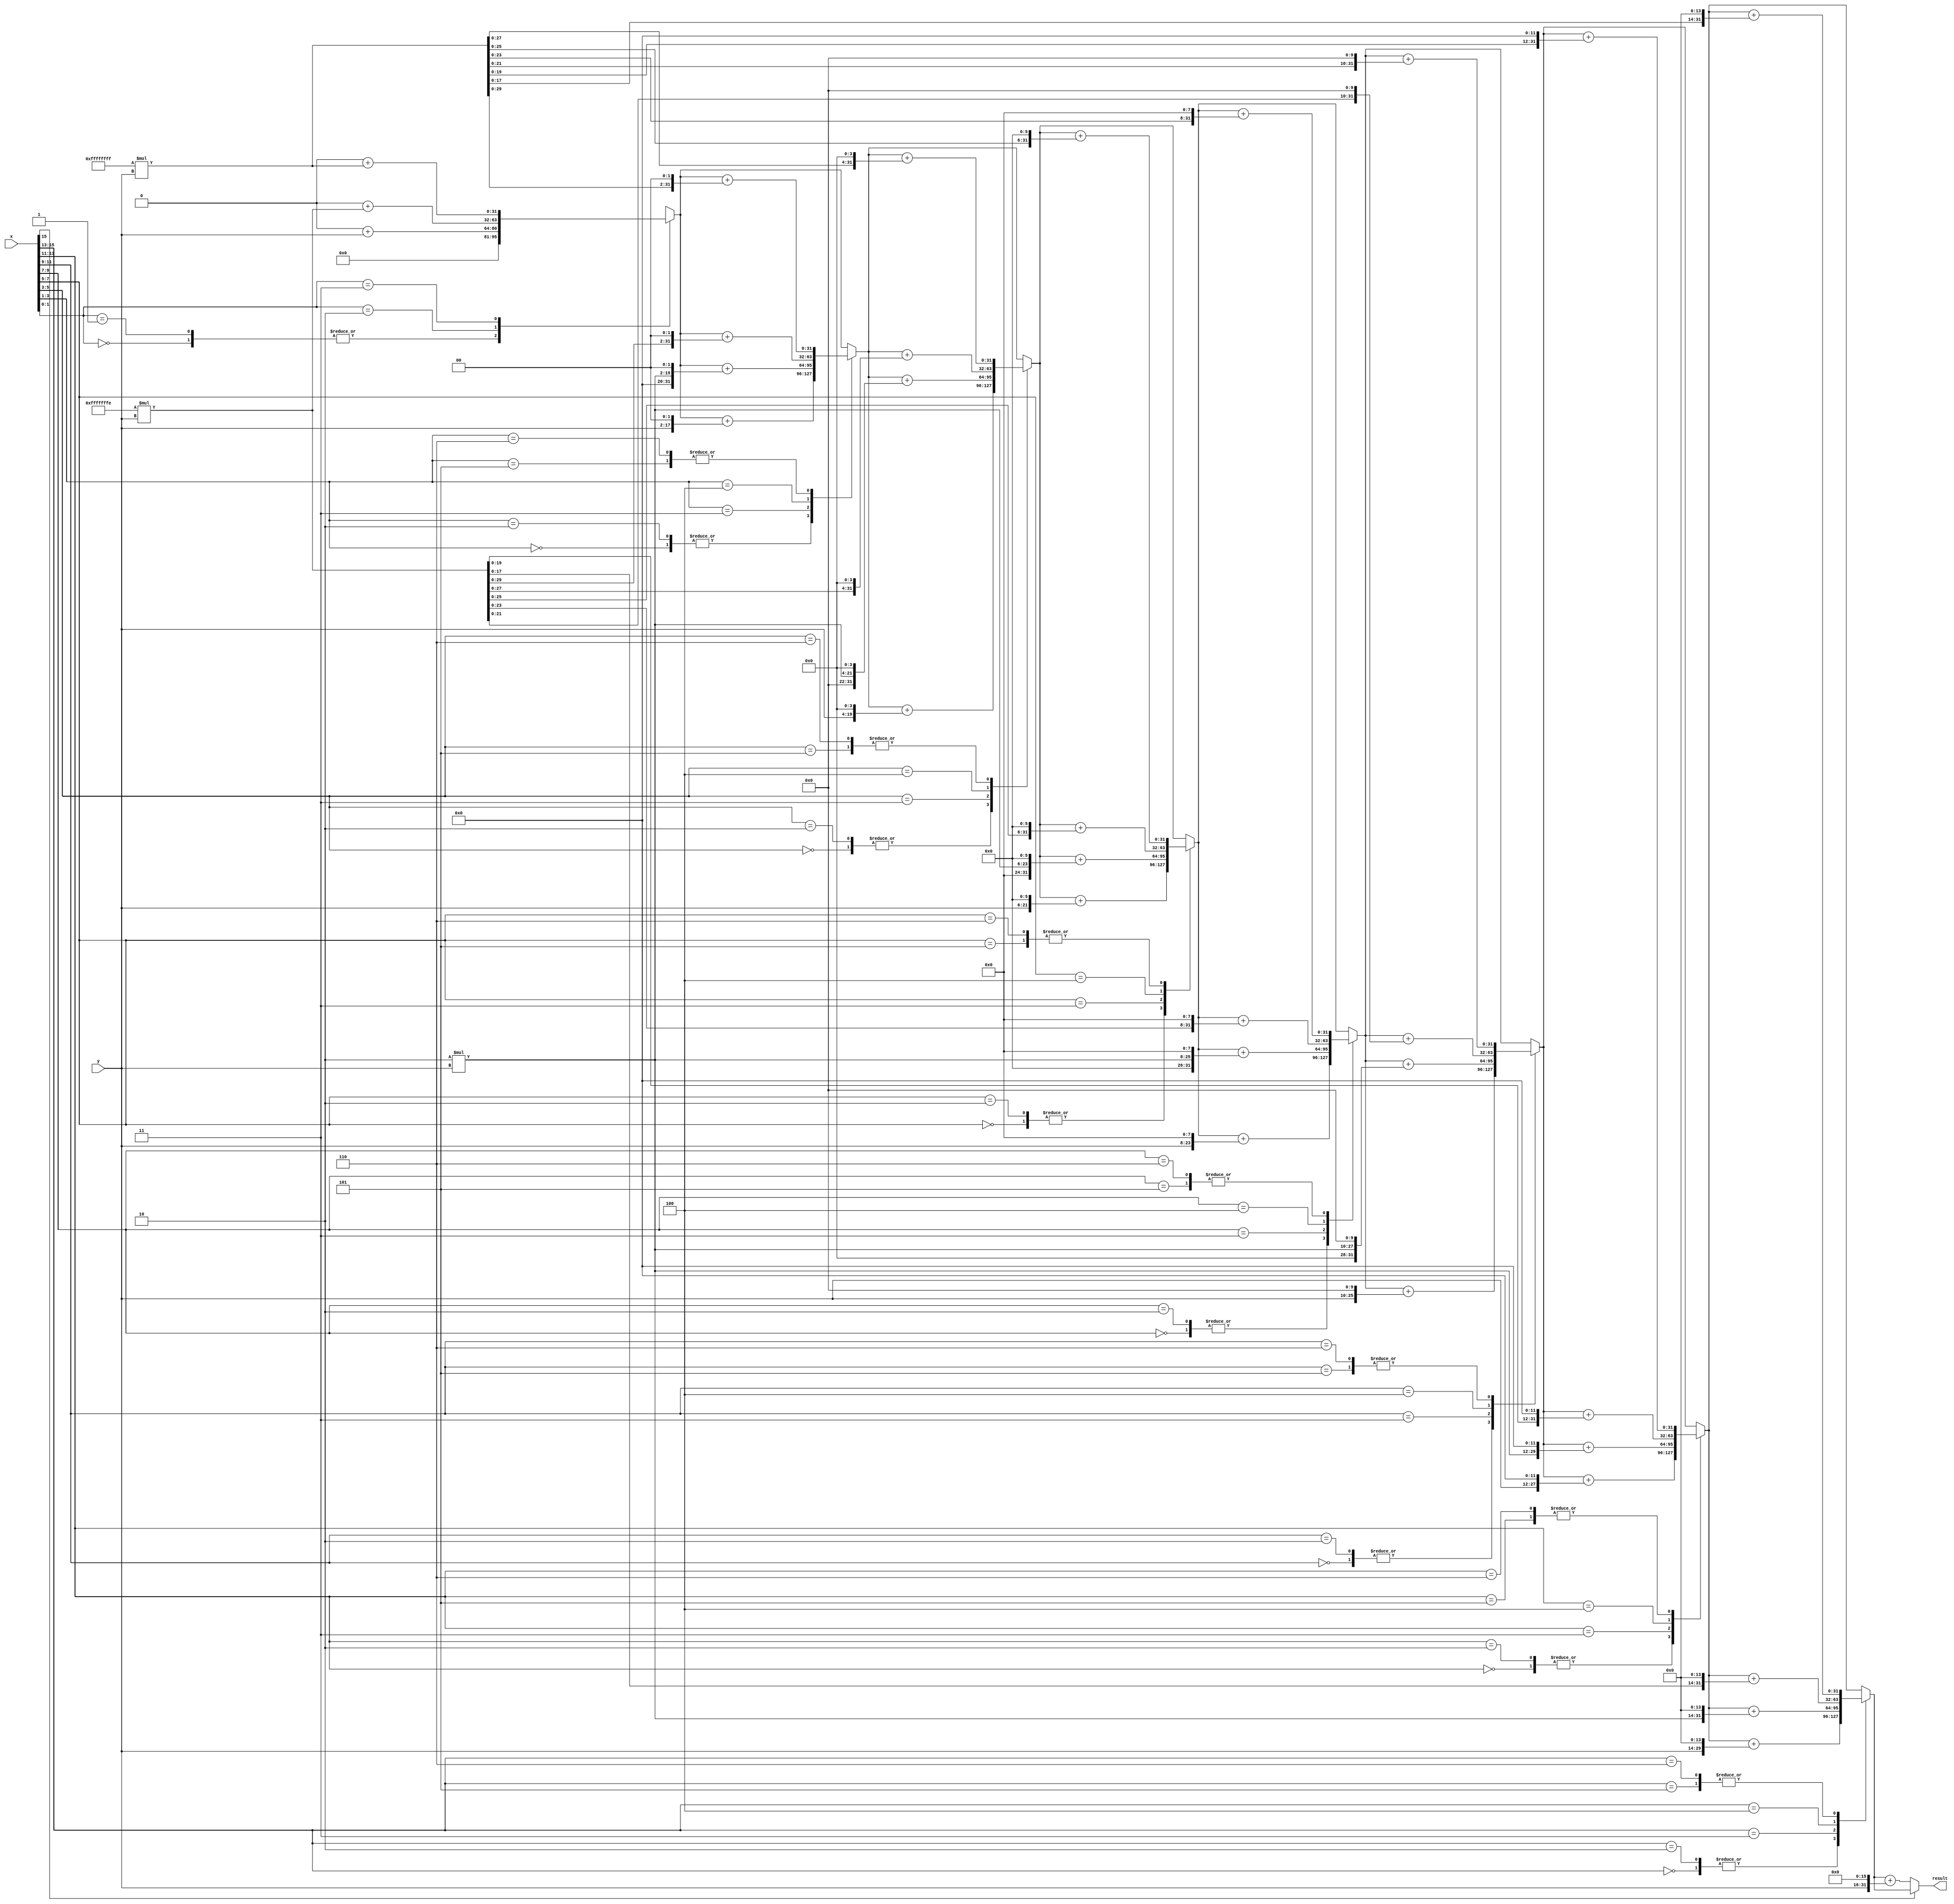

module Multiplier #(parameter N=16)(
	input [N-1:0] y,	
	input [N-1:0] x,	
	
	output [2*N-1:0] result
	);

	reg [((2-(N%2))+N) :0] padded; 
	wire [N+1:0] y_ext;
	assign y_ext = {2'b00 , y};
	
	reg [2*N-1:0] ans;
	integer i;
	always @ (*) begin
		padded = { x , 1'b0 };
		ans = 0;
		for( i=0 ; i <= N ; i = i + 2 ) begin	
			case ({padded[i+2],padded[i+1],padded[i]})
				3'b000 : ans = ans + (y_ext << i);		
				3'b010 : ans = ans + (y_ext << i);		
				3'b011 : ans = ans + (2*y_ext << i);		
				3'b100 : ans = ans + (-2*y_ext<< i);		
				3'b101 : ans = ans + (-1*y_ext<< i);		
				3'b110 : ans = ans + (-1*y_ext<< i);		
			endcase
		end
	end
	
	assign result = ans;
	
endmodule